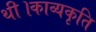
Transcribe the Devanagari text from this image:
थी।काव्यकृति